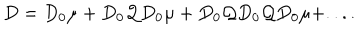
D = D _ { 0 } \mu + D _ { 0 } { \mathcal Q } D _ { 0 } \mu + D _ { 0 } { \mathcal Q } D _ { 0 } { \mathcal Q } D _ { 0 } \mu + . . . .